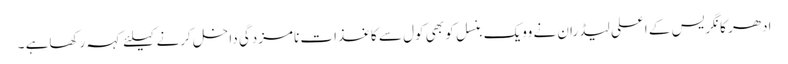
ادھر کانگریس کے اعلی لیڈران نے وویک بنسل کو بھی کول سے کاغذات نامزدگی داخل کرنے کیلئے کہہ رکھاہے ۔